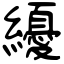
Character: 纋